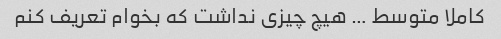
کاملا متوسط … هیچ چیزی نداشت که بخوام تعریف کنم